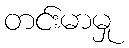
တင်းမာမှု